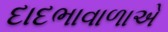
દાદભાવાળાએ